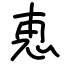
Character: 恵